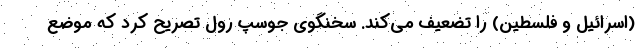
(اسرائیل و فلسطین) را تضعیف می‌کند. سخنگوی جوسپ رول تصریح کرد که موضع